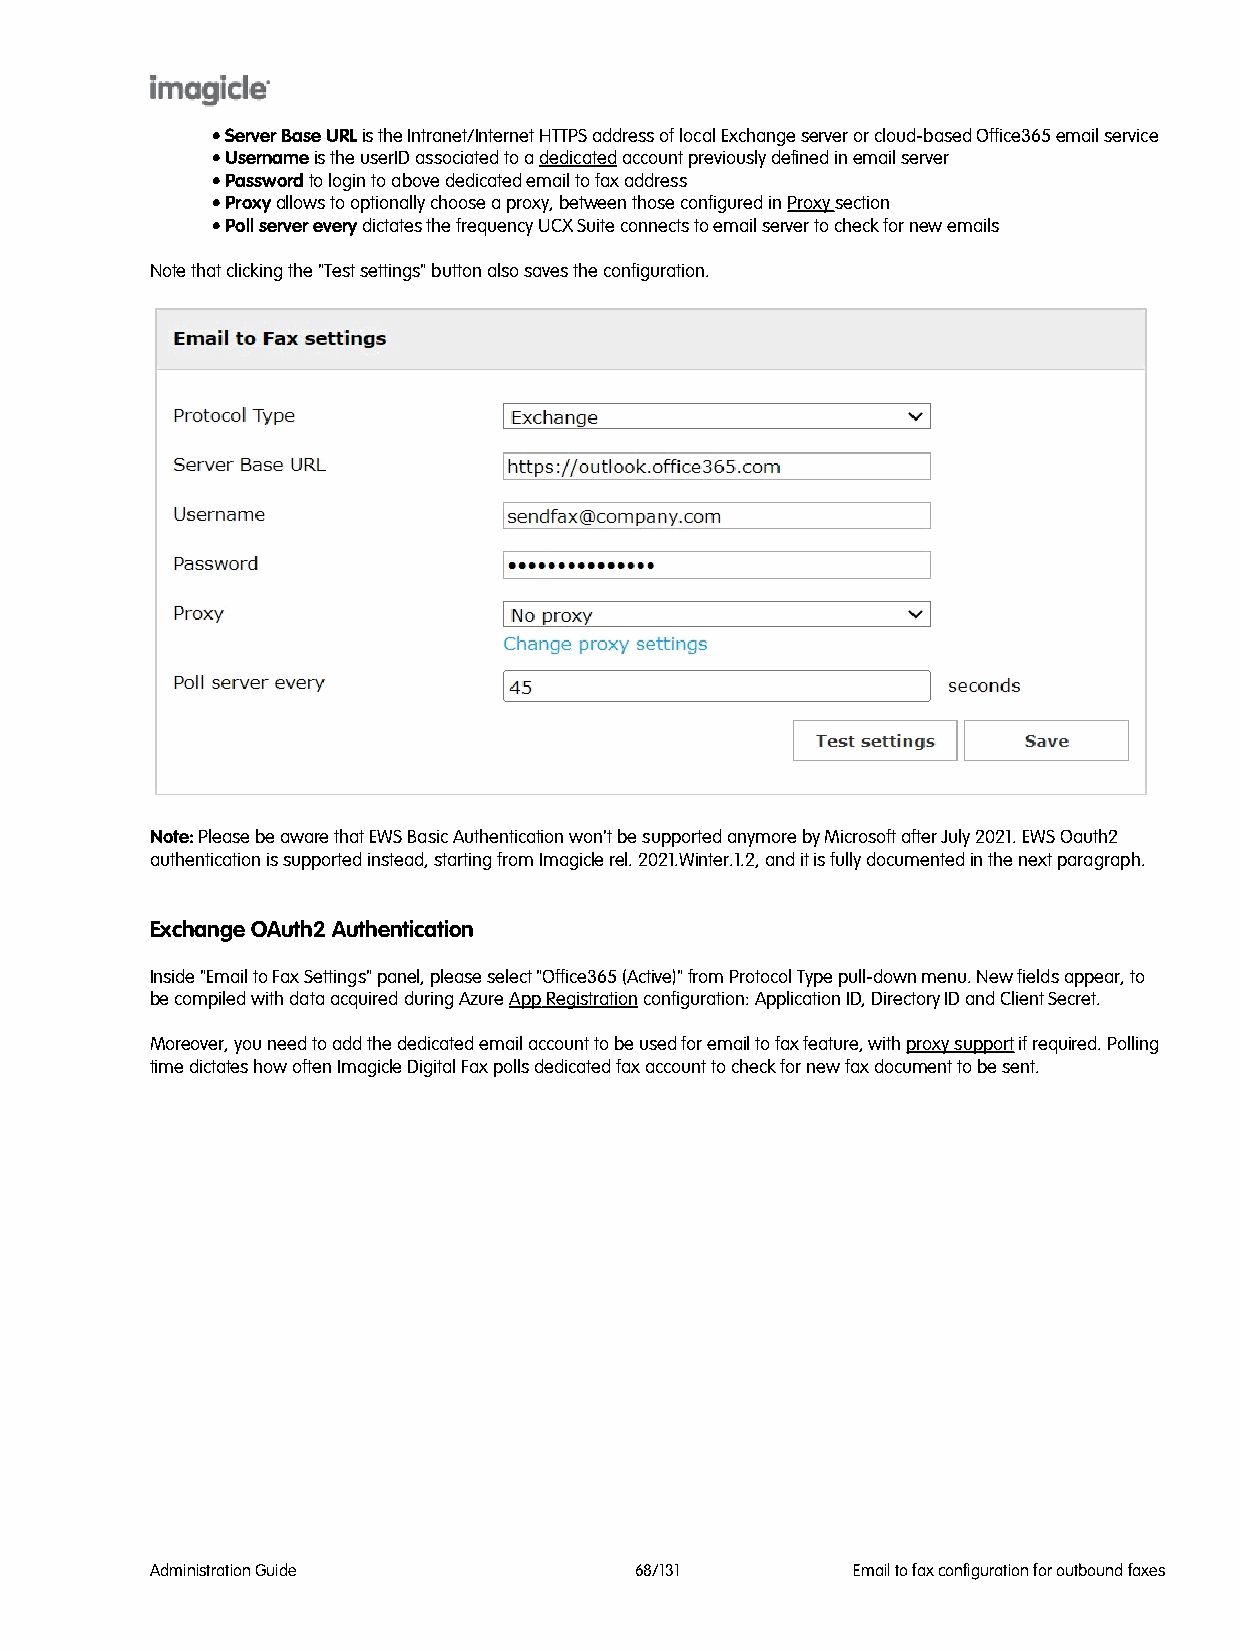
• Server Base URL is the Intranet/Internet HTTPS address of local Exchange server or cloud-based Office365 email service
 • Username is the userID associated to a dedicated account previously defined in email server
 • Password to login to above dedicated email to fax address
 • Proxy allows to optionally choose a proxy, between those configured in Proxy section
 • Poll server every dictates the frequency UCX Suite connects to email server to check for new emails
 Note that clicking the "Test settings" button also saves the configuration.
 Note: Please be aware that EWS Basic Authentication won't be supported anymore by Microsoft after July 2021. EWS Oauth2
 authentication is supported instead, starting from Imagicle rel. 2021.Winter.1.2, and it is fully documented in the next paragraph.
 Exchange OAuth2 Authentication
 Inside "Email to Fax Settings" panel, please select "Office365 (Active)" from Protocol Type pull-down menu. New fields appear, to
 be compiled with data acquired during Azure App Registration configuration: Application ID, Directory ID and Client Secret.
 Moreover, you need to add the dedicated email account to be used for email to fax feature, with proxy support if required. Polling
 time dictates how often Imagicle Digital Fax polls dedicated fax account to check for new fax document to be sent.
 Administration Guide            68/131        Email to fax configuration for outbound faxes